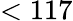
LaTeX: <117